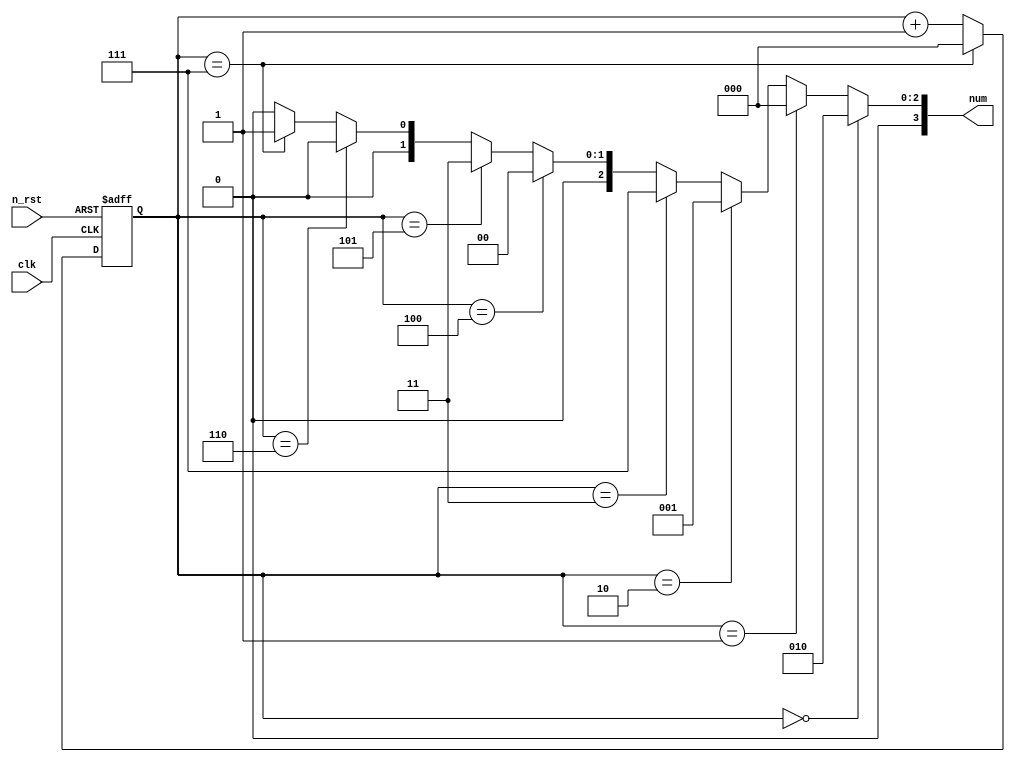
module num_seq(
	input	clk,
	input	n_rst,
	output	[3:0] num
);

reg	[2:0]	cnt;

always @(posedge clk or negedge n_rst) begin
	if (!n_rst) begin
		cnt <= 3'h0;
	end

	else begin 
		if (cnt == 3'h7) begin
			cnt <= 3'h0;
		end

		else begin 
			cnt <= cnt + 3'h1;
		end
	end
end

assign num = (cnt == 3'h0)? 4'h2 : 
				(cnt == 3'h1)? 4'h0 :
				(cnt == 3'h2)? 4'h1 :
				(cnt == 3'h3)? 4'h7 : 
				(cnt == 3'h4)? 4'h0 :
				(cnt == 3'h5)? 4'h3 : 
				(cnt == 3'h6)? 4'h0 :
				(cnt == 3'h7)? 4'h1 : 4'h0;
	
endmodule